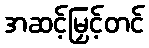
အဆင့်မြှင့်တင်